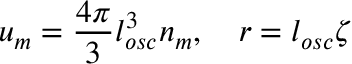
u _ { m } = \frac { 4 \pi } { 3 } l _ { o s c } ^ { 3 } n _ { m } , \quad r = l _ { o s c } \zeta